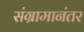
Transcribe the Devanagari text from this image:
संग्रामानंतर